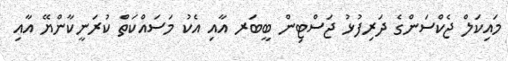
މައިކަލް ޖެކްސަންގެ ދަރިފުޅު ޖަސްޓިން ބީބަރ އާއި އެކު މަސައްކަތް ކުރަނީކާންޔޭ އާއި